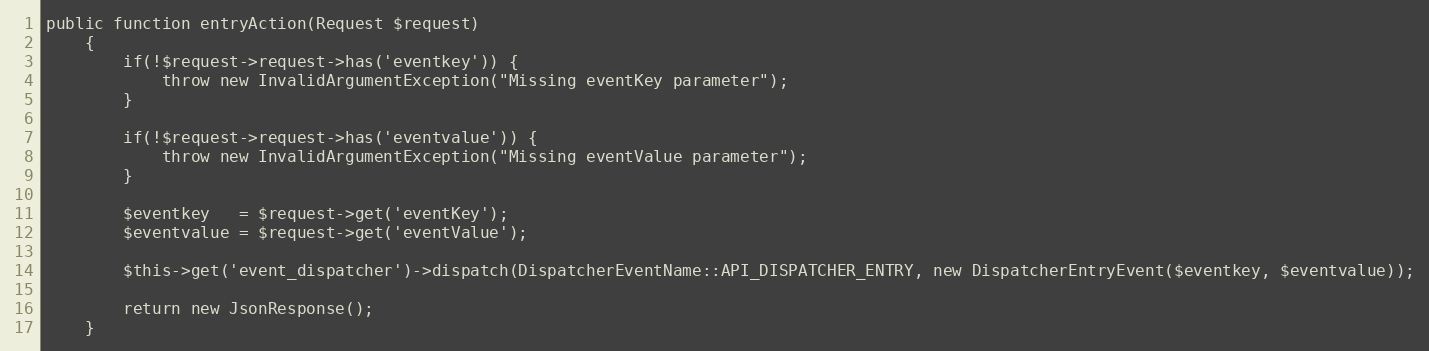
Language: PHP
public function entryAction(Request $request)
    {
		if(!$request->request->has('eventkey')) {
			throw new InvalidArgumentException("Missing eventKey parameter");
		}

		if(!$request->request->has('eventvalue')) {
			throw new InvalidArgumentException("Missing eventValue parameter");
		}

		$eventkey 	= $request->get('eventKey');
		$eventvalue = $request->get('eventValue');

		$this->get('event_dispatcher')->dispatch(DispatcherEventName::API_DISPATCHER_ENTRY, new DispatcherEntryEvent($eventkey, $eventvalue));

		return new JsonResponse();
    }